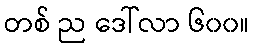
တစ် ည ဒေါ်လာ ၆၀၀။